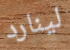
لينارد